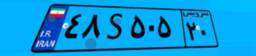
۹۵S۰۴۱۶۵